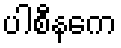
ပါစီနကေ